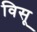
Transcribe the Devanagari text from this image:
विसू